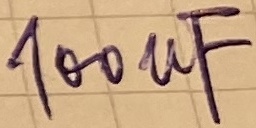
Text: 100µF